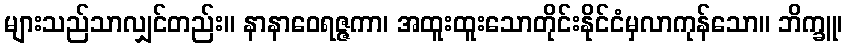
များသည်သာလျှင်တည်း။ နာနာဝေရဇ္ဇကာ၊ အထူးထူးသောတိုင်းနိုင်ငံမှလာကုန်သော။ ဘိက္ခူ၊